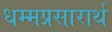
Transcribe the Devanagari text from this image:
धम्मप्रसारार्थ